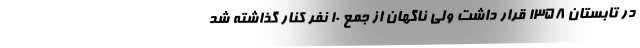
در تابستان 1358 قرار داشت ولی ناگهان از جمع 10 نفر کنار گذاشته شد